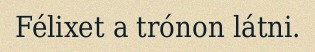
Félixet a trónon látni.